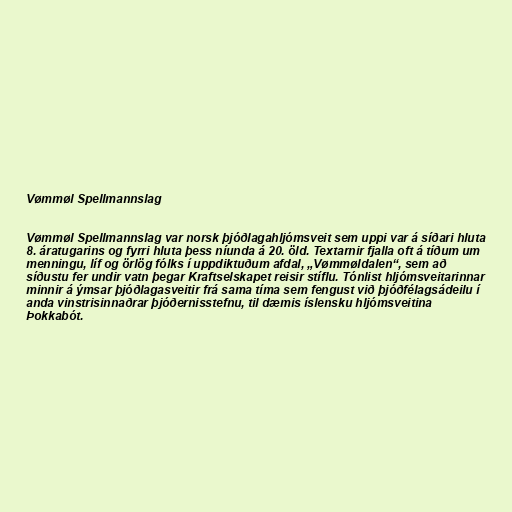
Vømmøl Spellmannslag

Vømmøl Spellmannslag var norsk þjóðlagahljómsveit sem uppi var á síðari hluta
8. áratugarins og fyrri hluta þess níunda á 20. öld. Textarnir fjalla oft á tíðum um
menningu, líf og örlög fólks í uppdiktuðum afdal, „Vømmøldalen“, sem að
síðustu fer undir vatn þegar Kraftselskapet reisir stíflu. Tónlist hljómsveitarinnar
minnir á ýmsar þjóðlagasveitir frá sama tíma sem fengust við þjóðfélagsádeilu í
anda vinstrisinnaðrar þjóðernisstefnu, til dæmis íslensku hljómsveitina
Þokkabót.